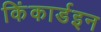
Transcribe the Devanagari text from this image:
किंकार्डइन